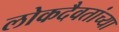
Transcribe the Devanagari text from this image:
लोकदैवतांच्या